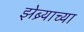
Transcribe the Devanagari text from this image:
झेब्र्याच्या